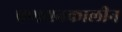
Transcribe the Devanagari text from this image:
प्रणयनकालीन